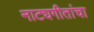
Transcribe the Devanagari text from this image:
नाट्यगीतांचा